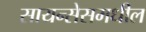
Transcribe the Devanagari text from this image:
सायन्सेसमधील